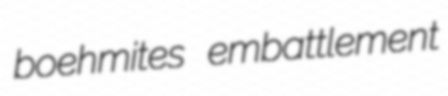
boehmites embattlement